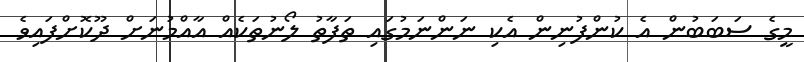
މީގެ ސަބަބުން އެ ކުންފުނިން އެކި ނަންނަމުގައި ތަފާތު ލޯނުތަކެއް އާއްމުނަށް ދޫކޮށްފައިވެ